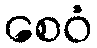
စေဝံ